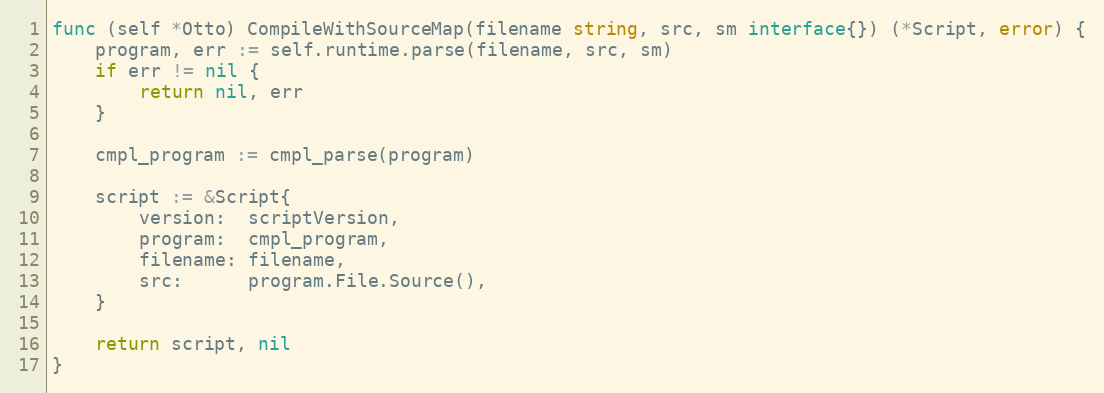
Language: Go
func (self *Otto) CompileWithSourceMap(filename string, src, sm interface{}) (*Script, error) {
	program, err := self.runtime.parse(filename, src, sm)
	if err != nil {
		return nil, err
	}

	cmpl_program := cmpl_parse(program)

	script := &Script{
		version:  scriptVersion,
		program:  cmpl_program,
		filename: filename,
		src:      program.File.Source(),
	}

	return script, nil
}